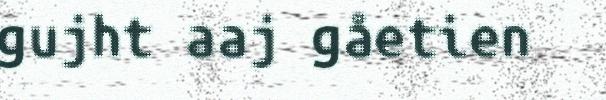
gujht aaj gåetien